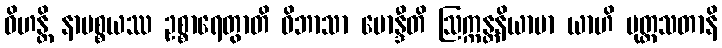
ဝိဟန္တိ နာပစ္စယဿ ဥစ္စာရေတွာတိ ဝိဘာသာ ဗောန္ဒီတိ ဩက္ကန္တနိယာမာ ယာဟိ ပုတ္တသတာနိ